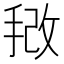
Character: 𫼿